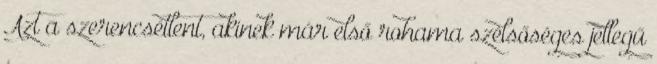
Azt a szerencsétlent, akinek már első rohama szélsőséges jellegű